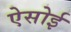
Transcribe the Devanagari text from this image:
ऐसोई